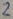
Text: 2